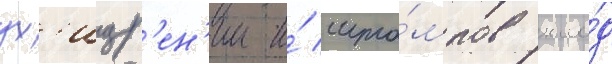
ух'ищр'ен'ии и́ шта́мпов кло́д